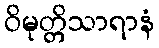
ဝိမုတ္တိသာရာနံ